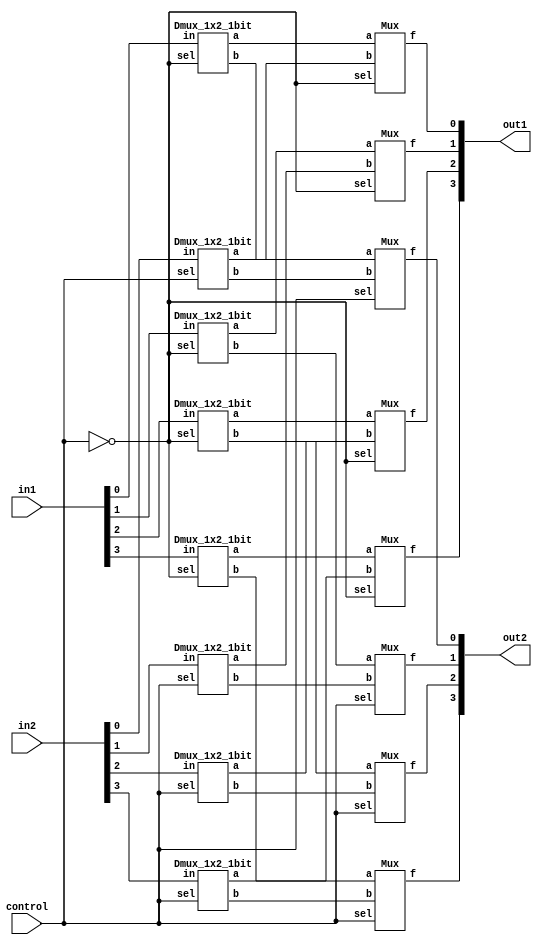
`timescale 1ns/1ps

module Crossbar_2x2_4bit(in1, in2, control, out1, out2);
input [3:0] in1, in2;
input control;
output [3:0] out1, out2;

wire [3:0] w1, w2, w3, w4;
wire control_neg;

not not0(control_neg, control); 

Dmux_1x2_1bit Dmux0[3:0](.in(in1), .a(w1), .b(w2), .sel(control_neg));
Dmux_1x2_1bit Dmux1[3:0](.in(in2), .a(w3), .b(w4), .sel(control));

Mux mux0[3:0](.a(w1), .b(w3), .sel(control_neg), .f(out1));
Mux mux1[3:0](.a(w2), .b(w4), .sel(control), .f(out2));

endmodule

module Mux(a, b, sel, f);
input a, b;
input sel;
output f;

wire neg_sel;
wire w0, w1;

not n0(neg_sel, sel);

and and0(w0, a, neg_sel);
and and1(w1, b, sel);

or or0(f, w0, w1);

endmodule

module Dmux_1x2_1bit(in, a, b, sel);
input in;
input sel;
output a,b;

wire sel_neg;

not not0(sel_neg, sel);

and and0(a, sel_neg, in);
and and1(b, sel, in);

endmodule